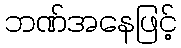
ဘဏ်အနေဖြင့်